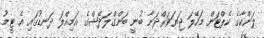
ލަންކާގެ ކެޕްޓަން މަހޭލަ ޖަޔަވަރްދަނާ ބުނީ ބަންގްލަދޭޝްގެ އަމިއްލަ ދަނޑުގައި އެ ޓީމު